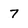
Character: 7